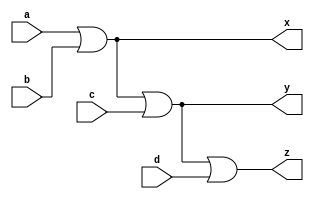
`timescale 1ns / 1ps

/*
Company: Sogang University
Engineer: G_EEE3
Create Date: 2021/09/16 16:12:49
Module Name: four_input_or_gate
*/

module four_input_or_gate(
    input a, b, c, d,
    output x, y, z
    );
    
    assign x = a | b;
    assign y = x | c;
    assign z = y | d;
    
endmodule